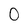
Character: 0